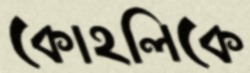
কোহলিকে